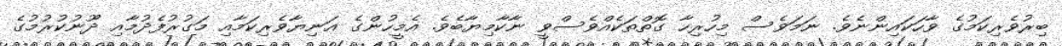
ބިރުވެރިކަމުގެ ވާހަކައިންނެވެ. ނަމަވެސް މިހުރިހާ ގޮތްތަކެއްވެސްވީ ނާކާމިޔާބެވެ. އެމީހުންގެ އަނިޔާވެރިކަމާއި މަގުރުފެދުމާއި ދޫނުކުރުމުގެ